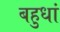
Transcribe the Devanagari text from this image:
बहुधां